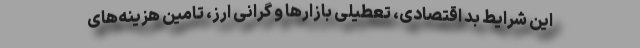
این شرایط بد اقتصادی، تعطیلی بازارها و گرانی ارز، تامین هزینه‌های